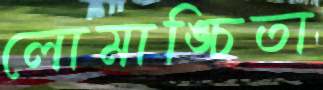
লোমাঙ্চিতা